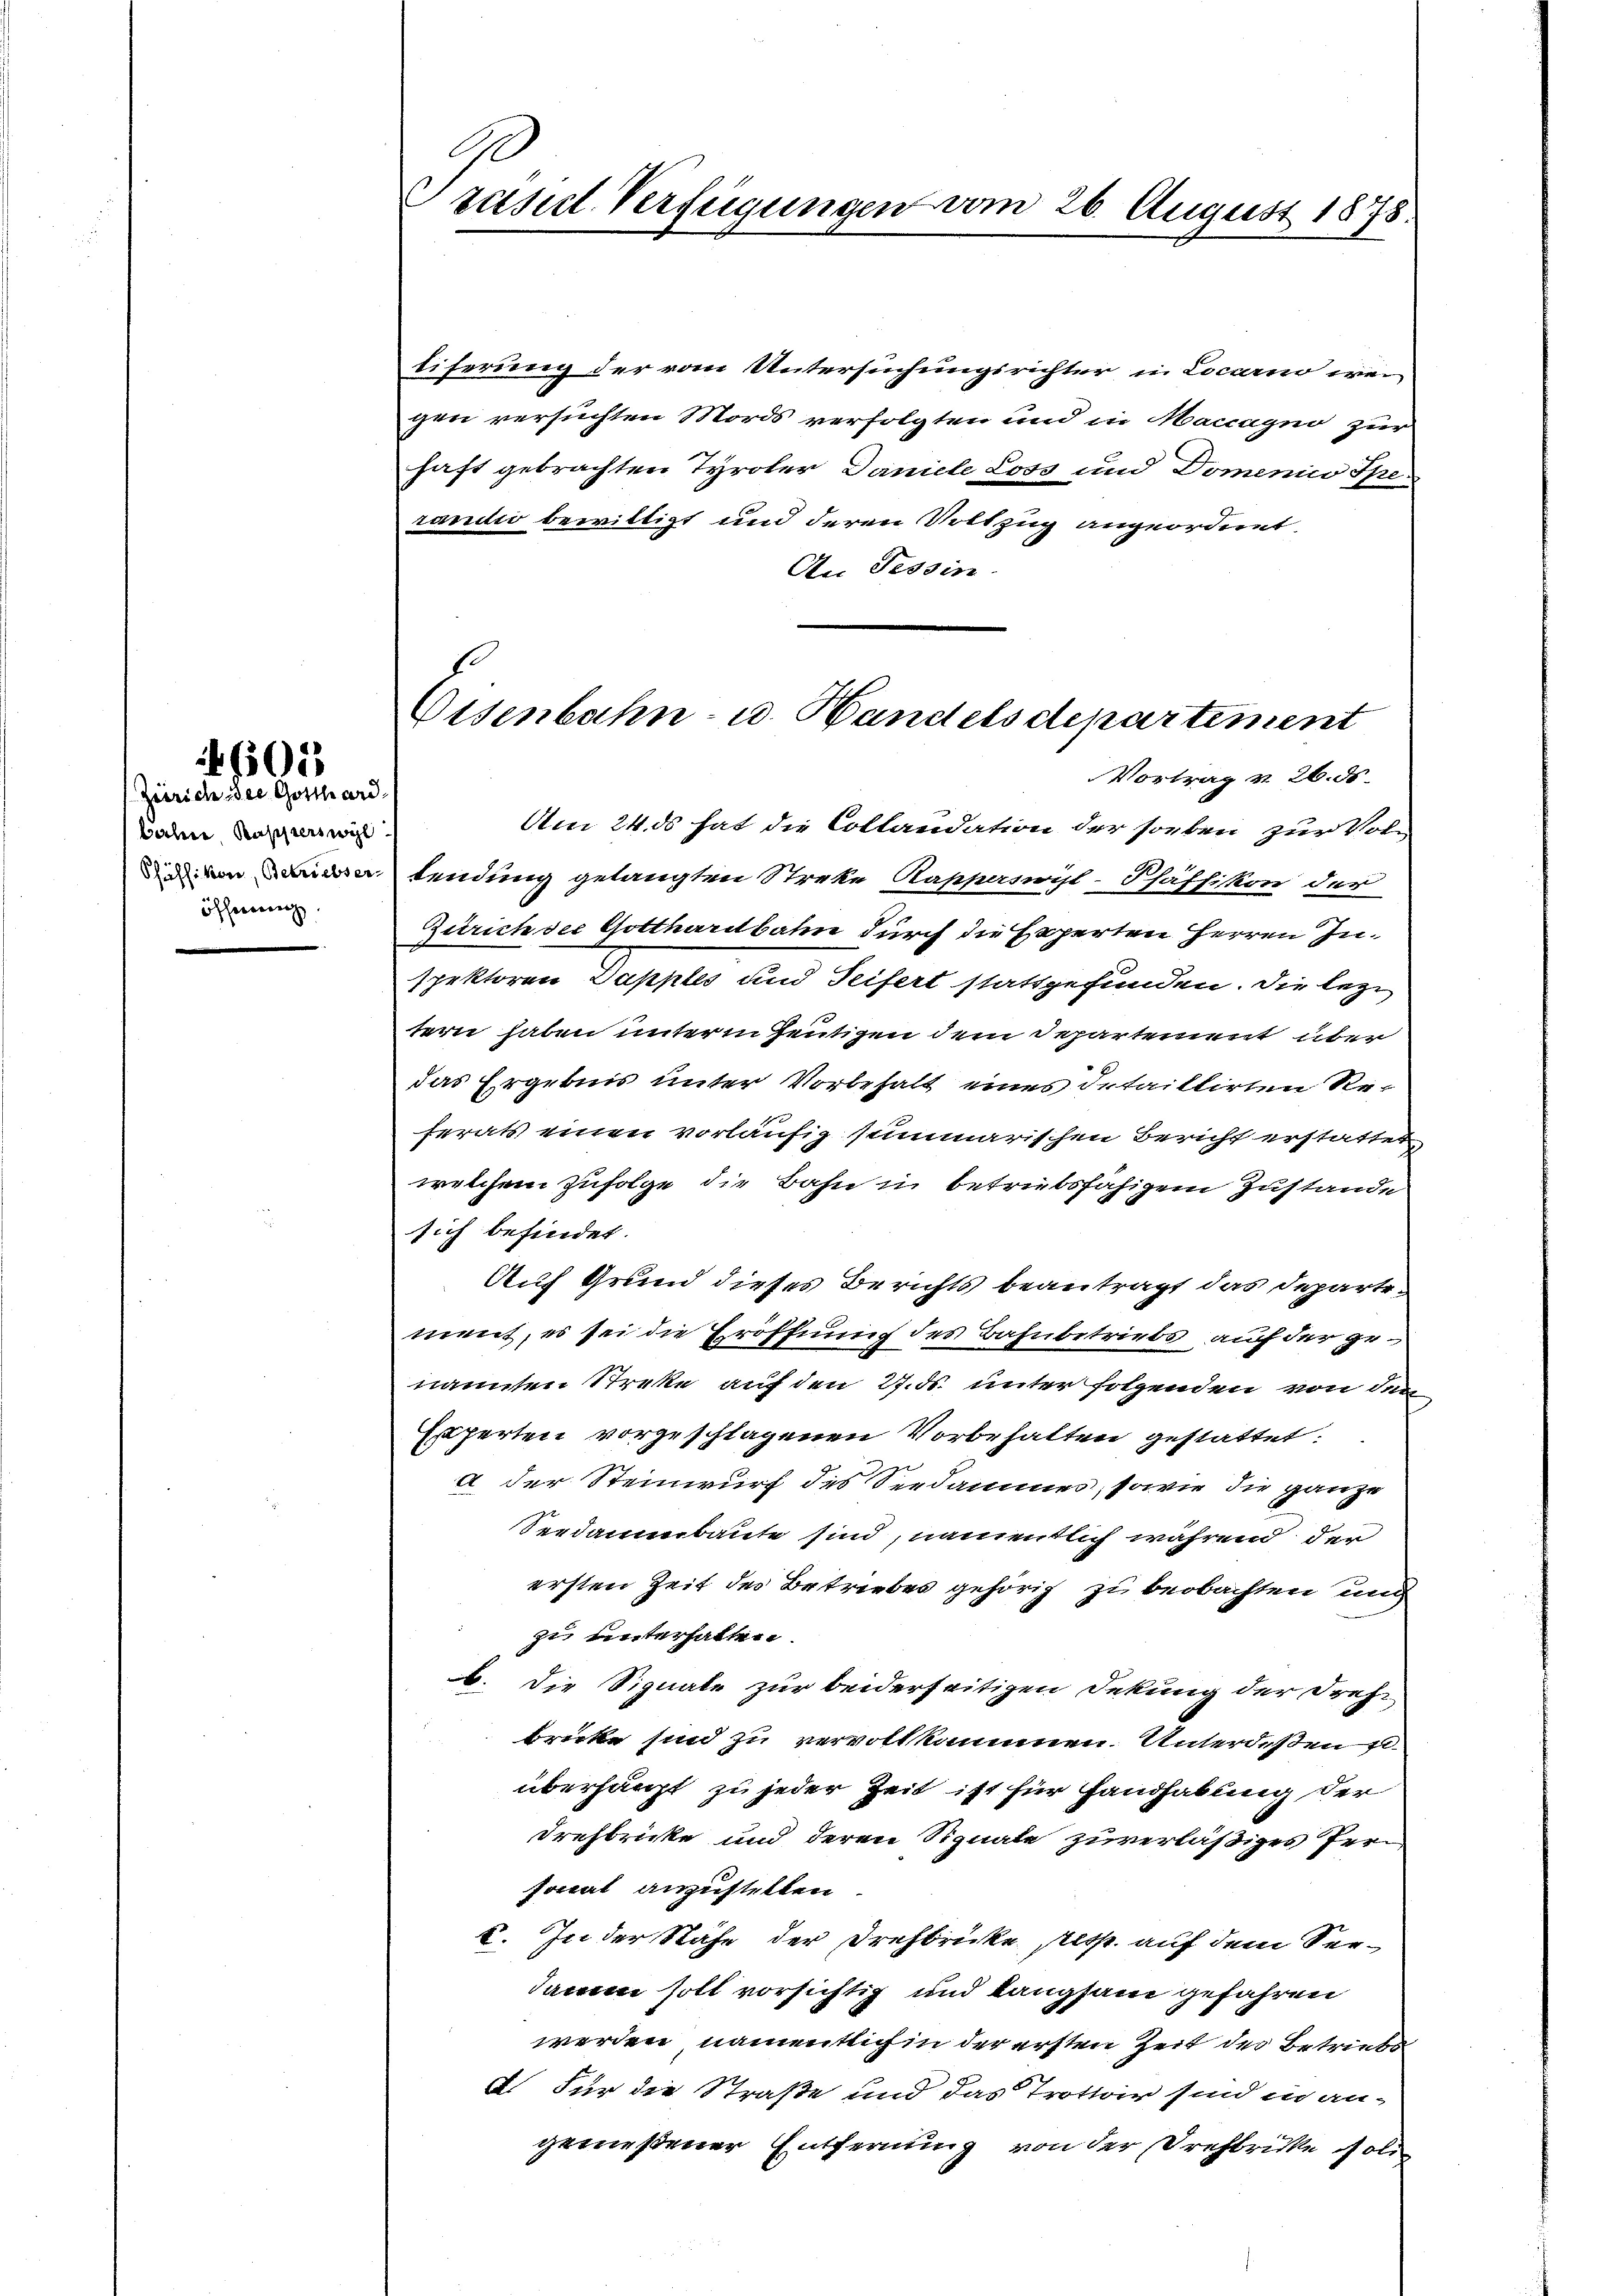
605

Zürich des Gotthard-
bahn, Kapperswyl
öffenenen

l
Prasil Verfügungen vom 26. August 1878.

tiferung der vom Untersuchungsrichter in Locarno wei
gen versuchten Mords verfolgten und in Macagno zur
haft gebrachten Tyroler Daniele Loss und Domenico Spe
randio bewilligt und deren Vollzug angeordnet.
An Tessin.

Am 24. ds hat die Collandation der soeben zur Volnalendung gelangten Streke Rappanoyl-Schäffikon der
Zürich der Gotthardbahn durch die Experten Herren Inspektoren Dapples und Seifert stattgefunden. Die leztern haben unterm heutigen dem Departement über
das Ergebnis unter Vorbehalt eines detaillirten Referats einen vorläufig summarischen Bericht erstattet
welchem Zufolge die Bahn in betriebsfähigem Zustande
sich befindet.
Auf Grund dieses Berichts beantragt das Departement, es sei die Eröffnung des Bahnbetriebs auf der genannten Streke auf den 27. ds. unter folgenden von dem
Experten vorgeschlagenen Vorbehalten gestattet.
a der Steinwurf des Seedammes, sowie die ganze
Seedaumbaute sind, namentlich während der
ersten Zeit des Betriebes gehörig zu beobachten und
zu unterhatten.
b. Die Signale zur beiderseitigen Dekung der Dreh-
bricke sind zu vervollkommen Unterdeßen s
überhaupt zu jeder Zeit ist für Handhabung der
drehbricke und deren Signale zuverläßiges fersonal anzustellen.
I. In der Nähe der Drehbrücke sess. auf dem Seedamen soll vorsichtig und Langsam gefahren
werden, namentlich in der ersten Zeit des Betriebs
d. Für die Straße und das Trottoir sind in an-
gemeßener Entfernung von der Prehbrücke soll

Eisenbahn- u. Handelsdepartement
Vortrag v. 26. ds.